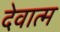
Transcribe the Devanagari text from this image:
देवात्म